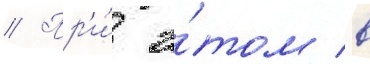
// Пр'и́ э́том в